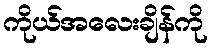
ကိုယ်အလေးချိန်ကို